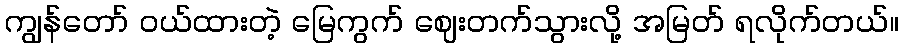
ကျွန်တော် ဝယ်ထားတဲ့ မြေကွက် ဈေးတက်သွားလို့ အမြတ် ရလိုက်တယ်။